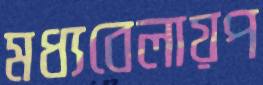
মধ্যবেলায়প